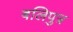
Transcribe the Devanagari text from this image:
बलिपुत्र